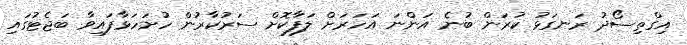
އިގްތިސޯދު ރަނގަޅު ކުރަން ބުނެ އަންނަ އަހަރަށް ލަފާކޮށް ސަރުކާރުން ހުށަހަޅާފައިވާ ބަޖެޓުގައި